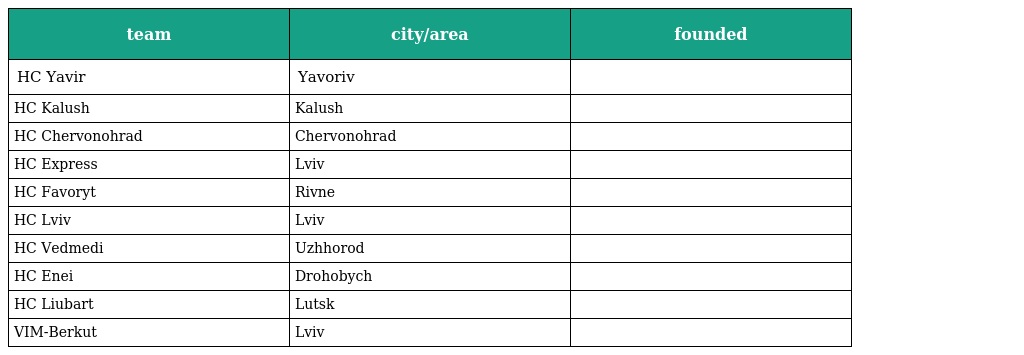
| team | city/area | founded |
 | --- | --- | --- |
 | HC Yavir | Yavoriv |  |
 | HC Kalush | Kalush |  |
 | HC Chervonohrad | Chervonohrad |  |
 | HC Express | Lviv |  |
 | HC Favoryt | Rivne |  |
 | HC Lviv | Lviv |  |
 | HC Vedmedi | Uzhhorod |  |
 | HC Enei | Drohobych |  |
 | HC Liubart | Lutsk |  |
 | VIM-Berkut | Lviv |  |